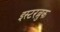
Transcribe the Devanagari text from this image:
इस्टरब्रुक